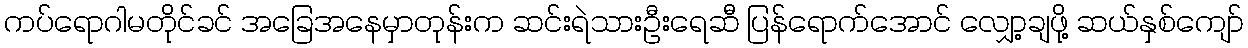
ကပ်ရောဂါမတိုင်ခင် အခြေအနေမှာတုန်းက ဆင်းရဲသားဦးရေဆီ ပြန်ရောက်အောင် လျှော့ချဖို့ ဆယ်နှစ်ကျော်